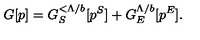
G [ p ] = G _ { S } ^ { < \Lambda / b } [ p ^ { S } ] + G _ { E } ^ { \Lambda / b } [ p ^ { E } ] .